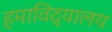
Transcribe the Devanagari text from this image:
हमाविद्यालय